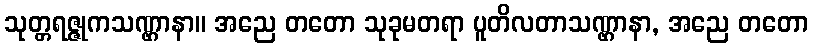
သုတ္တရဇ္ဇုကသဏ္ဌာနာ။ အညေ တတော သုခုမတရာ ပူတိလတာသဏ္ဌာနာ, အညေ တတော